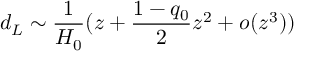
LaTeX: d _ { L } \sim \frac { 1 } { H _ { 0 } } ( z + \frac { 1 - q _ { 0 } } { 2 } z ^ { 2 } + o ( z ^ { 3 } ) )